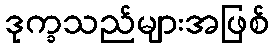
ဒုက္ခသည်များအဖြစ်